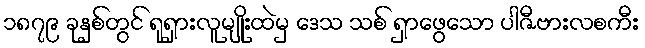
၁၈၇၉ ခုနှစ်တွင် ရုရှားလူမျိုးထဲမှ ဒေသ သစ် ရှာဖွေသော ပါဇီဗားလစကီး